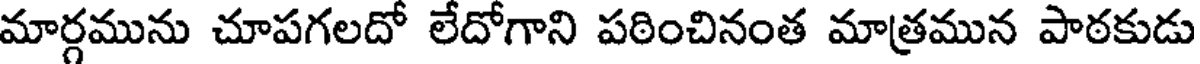
మార్గమును చూపగలదో లేదోగాని పఠించినంత మాత్రమున పాఠకుడు